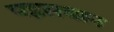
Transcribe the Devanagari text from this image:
पहलबान